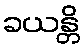
ခယန္တိ